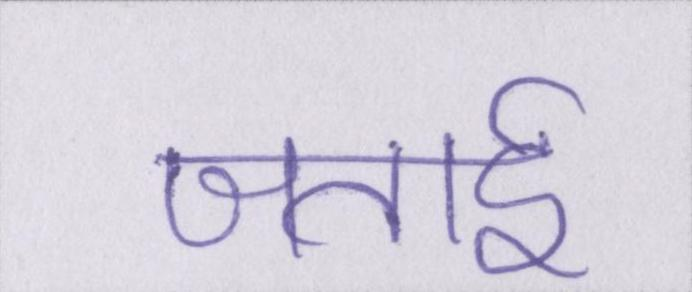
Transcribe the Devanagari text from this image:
जताई